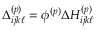
\Delta _ { i j k \ell } ^ { ( p ) } = \phi ^ { ( p ) } \Delta H _ { i j k \ell } ^ { ( p ) }